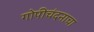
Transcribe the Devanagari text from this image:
गोपीचंदनाचा